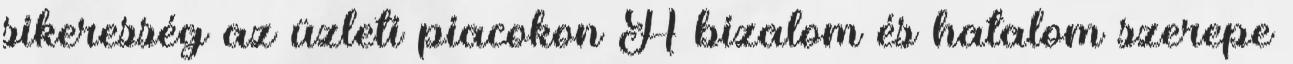
sikeresség az üzleti piacokon A bizalom és hatalom szerepe